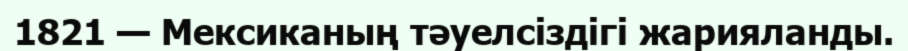
1821 — Мексиканың тәуелсіздігі жарияланды.